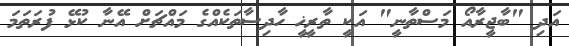
އަދި "ބާޖީރާއޯ މަސްތާނީ" އަކީ ތާރީޚީ ހާދިސާތަކެއްގެ މައްޗަށް އޭނާ ކުޅޭ ފުރަތަމަ